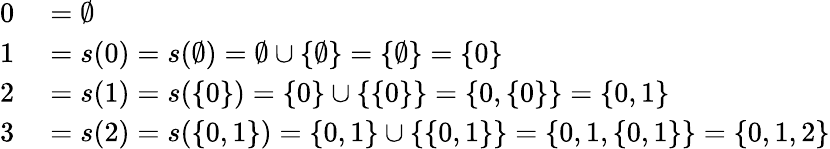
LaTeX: \begin{array}{rl}{0}&{{}=\emptyset}\\ {1}&{{}=s(0)=s(\emptyset)=\emptyset\cup\{ \emptyset\} =\{ \emptyset\} =\{ 0\} }\\ {2}&{{}=s(1)=s(\{ 0\} )=\{ 0\} \cup\{ \{ 0\} \} =\{ 0,\{ 0\} \} =\{ 0,1\} }\\ {3}&{{}=s(2)=s(\{ 0,1\} )=\{ 0,1\} \cup\{ \{ 0,1\} \} =\{ 0,1,\{ 0,1\} \} =\{ 0,1,2\} }\end{array}